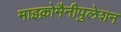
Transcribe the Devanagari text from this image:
माइक्रोमैनीपुलेशन